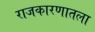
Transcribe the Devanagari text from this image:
राजकारणातला